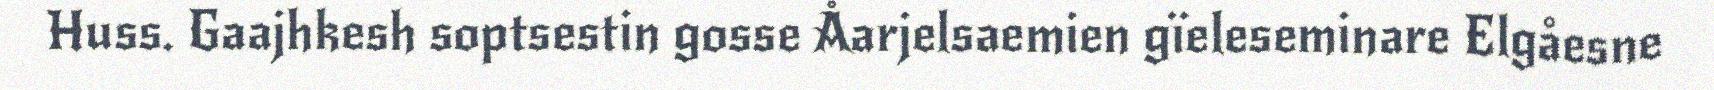
Huss. Gaajhkesh soptsestin gosse Åarjelsaemien gïeleseminare Elgåesne